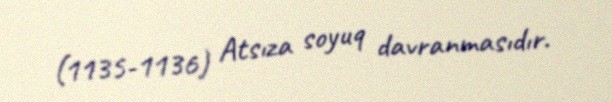
(1135-1136) Atsıza soyuq davranmasıdır.